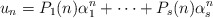
\begin{align*}u_n=P_1(n)\alpha_1^n+\cdots+P_s(n)\alpha_s^n\end{align*}